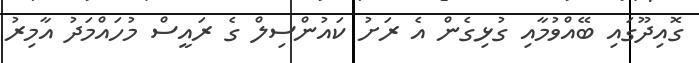
ގޮއިދޫގައި ބޭއްވުމާއި ގުޅިގެން އެ ރަށު ކައުންސިލް ގެ ރައީސް މުހައްމަދު އާމިރު